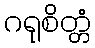
ဂရုစိတ္တံ